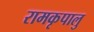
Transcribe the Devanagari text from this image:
रामकृपालु